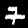
Label: 7